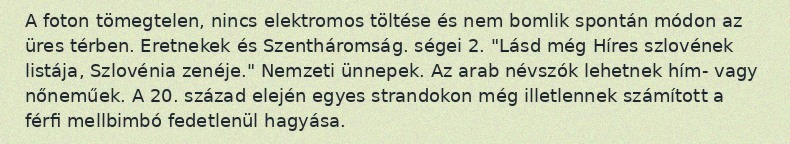
A foton tömegtelen, nincs elektromos töltése és nem bomlik spontán módon az üres térben. Eretnekek és Szentháromság. ségei 2. "Lásd még Híres szlovének listája, Szlovénia zenéje." Nemzeti ünnepek. Az arab névszók lehetnek hím- vagy nőneműek. A 20. század elején egyes strandokon még illetlennek számított a férfi mellbimbó fedetlenül hagyása.